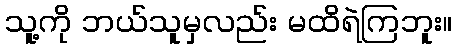
သူ့ကို ဘယ်သူမှလည်း မထိရဲကြဘူး။